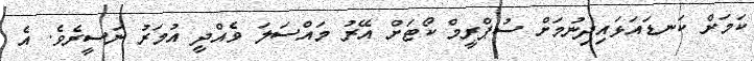
ކަމަށް ކަނޑައަޅައިދިނުމަށް ސުޕްރީމް ކޯޓަށް އޭރު މައްސަލަ ވެއްދީ އުމަރު ނަސީރެވެ. އެ